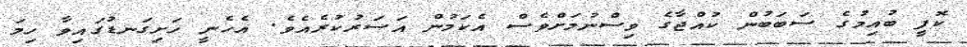
ކޮފީ ބުއިމުގެ ސަބަބުން ކުއްޖާގެ ވިސްނުމަށްވެސް އެކަމުން އަސަރުކުރެއެވެ. އެހެނީ ހަށިގަނޑުގައިވާ ހިމަ